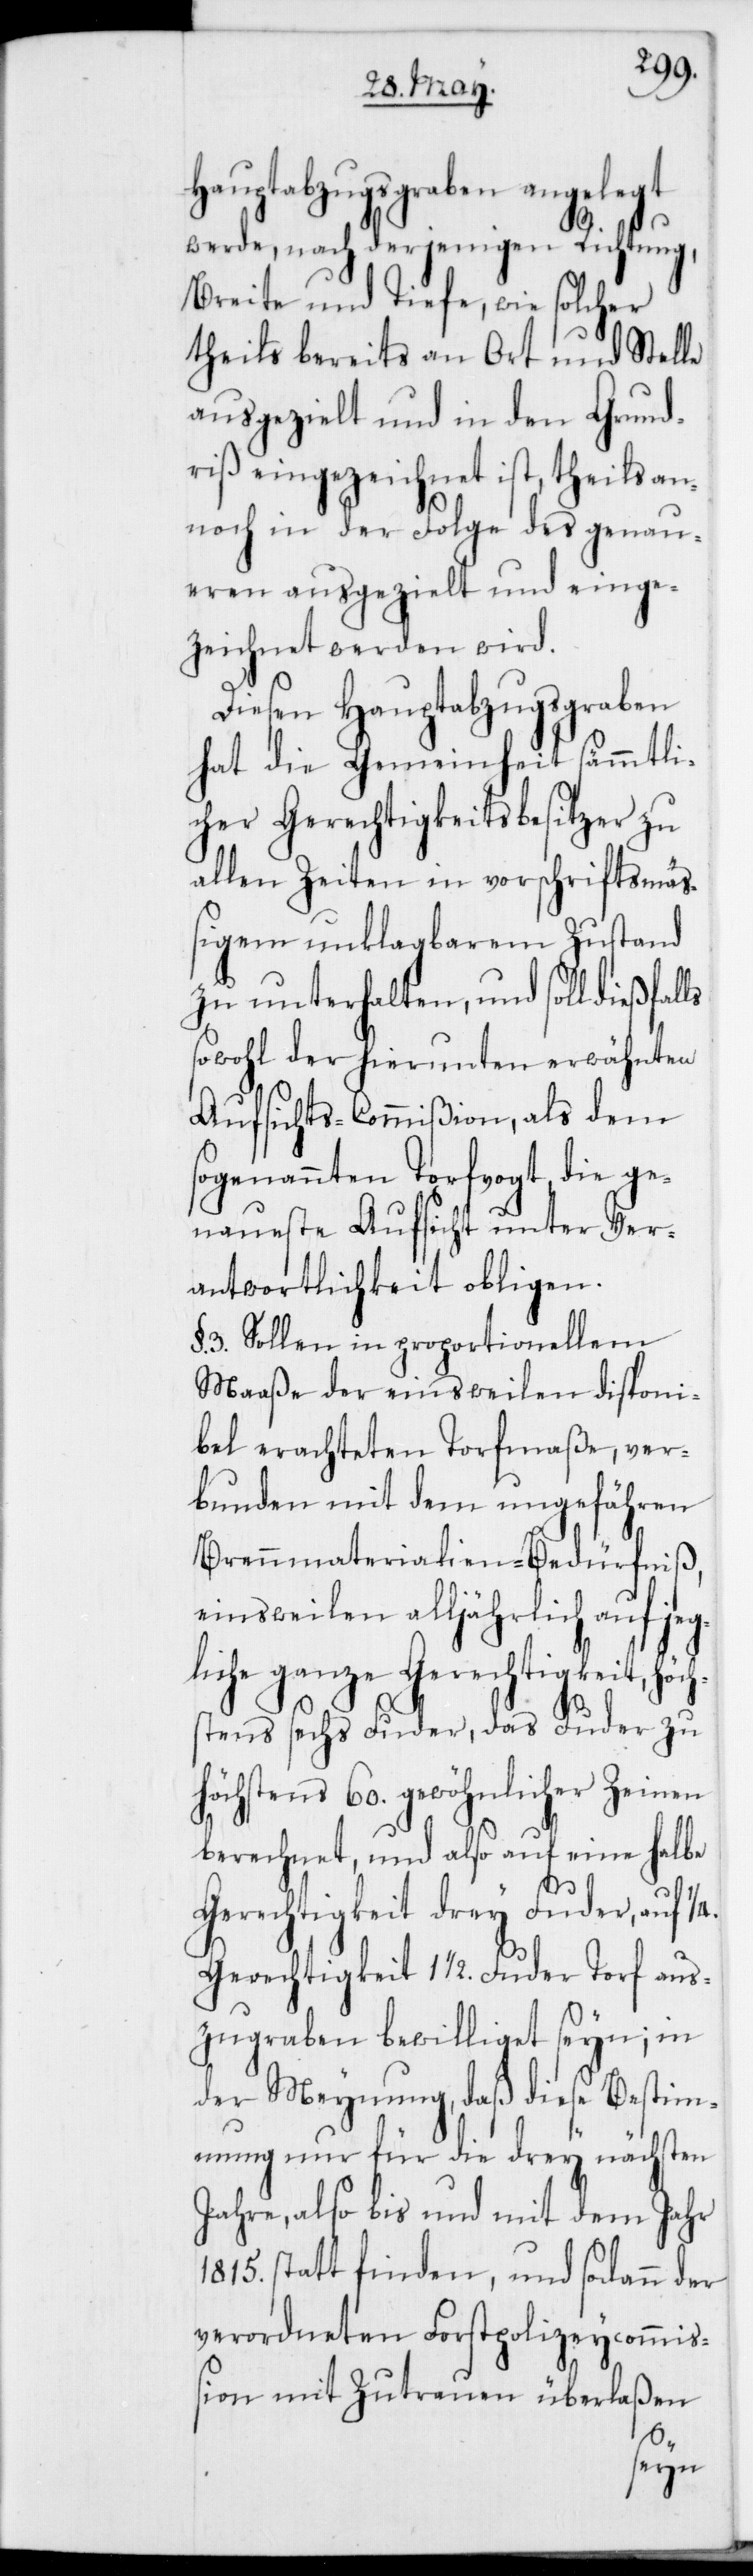
Hauptabzugsgraben angelegt
werde, nach derjenigen Richtung,
Breite und Tiefe, wie solcher
theils bereits an Ort und Stelle
ausgezielt und in den Grund¬
riß eingezeichnet ist, theils an¬
noch in der Folge des genau¬
eren ausgezielt und einge¬
zeichnet werden wird.
Diesen Hauptabzugsgraben
hat die Gemeinheit sämmtli¬
cher Gerechtigkeitsbesitzer zu
allen Zeiten in vorschriftsmäß¬
igem unklagbarem Zustand
zu unterhalten, und soll
sowohl der hierunten erwähnten
Aufsichts-Commißion, als dem
sogenannten Torfvogt, die ge¬
naueste Aufsicht unter Ver¬
wantwortlichkeit obligen.
3. Sollen in proportionellem
Maaße der einstweilen disponi¬
bel erachteten Torfmaße, ver¬
bunden mit dem ungefähren
Brennmaterialien-Bedürfniß,
einstweilen alljährlich auf jeg¬
liche ganze Gerechtigkeit, höch¬
stens sechs Fuder, das Fuder zu
höchstens 60. gewöhnlicher Zeinen
berechnet, und also auf eine halbe
Gerechtigkeit drey Fuder, auf
Gerechtigkeit 1 1/2. Fuder Torf aus¬
zugraben bewilliget seyn, in
der Meynung, daß diese Bestim¬
mung nur für die drey nächsten
Jahre, also bis und mit dem Jahr
1815. statt finden, und sodann der
verordneten Forstpolizeycommiß¬
ion mit Zutrauen überlaßen